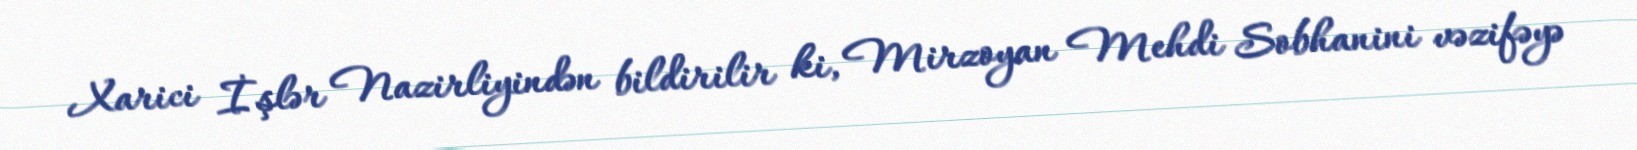
Xarici İşlər Nazirliyindən bildirilir ki, Mirzoyan Mehdi Sobhanini vəzifəyə